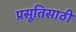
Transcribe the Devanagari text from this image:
प्रसूतिसाठी